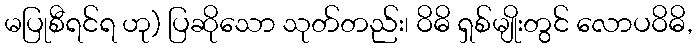
မပြုစီရင်ရ ဟု) ပြဆိုသော သုတ်တည်း၊ ဝိဓိ ရှစ်မျိုးတွင် လောပဝိဓိ,